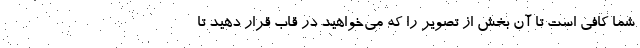
شما کافی است تا آن بخش از تصویر را که می‌خواهید در قاب قرار دهید تا